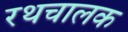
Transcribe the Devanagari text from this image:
रथचालक